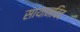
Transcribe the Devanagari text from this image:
सायानविद